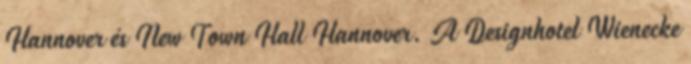
Hannover és New Town Hall Hannover. A Designhotel Wienecke